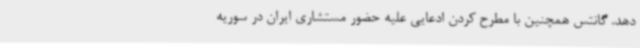
دهد. گانتس همچنین با مطرح کردن ادعایی علیه حضور مستشاری ایران در سوریه